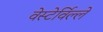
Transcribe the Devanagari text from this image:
वेस्टेर्विल्ले